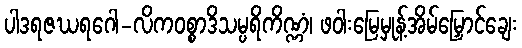
ပါဒရဇဃရဂေါ-လိကဝစ္စာဒိသမ္ပရိကိဏ္ဏံ၊ ဖဝါးမြေမှုန့်အိမ်မြှောင်ချေး